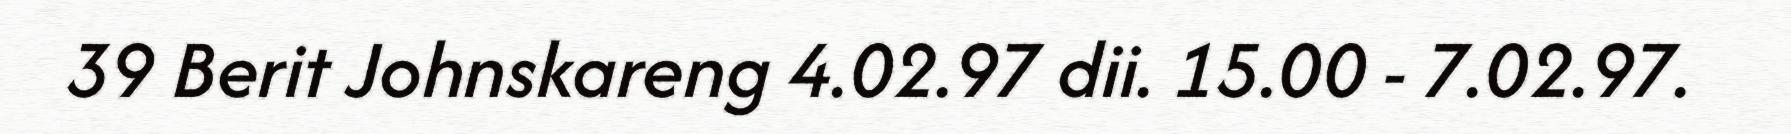
39 Berit Johnskareng 4.02.97 dii. 15.00 - 7.02.97.